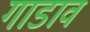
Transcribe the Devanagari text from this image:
गाडाव